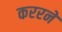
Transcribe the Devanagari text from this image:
कररने